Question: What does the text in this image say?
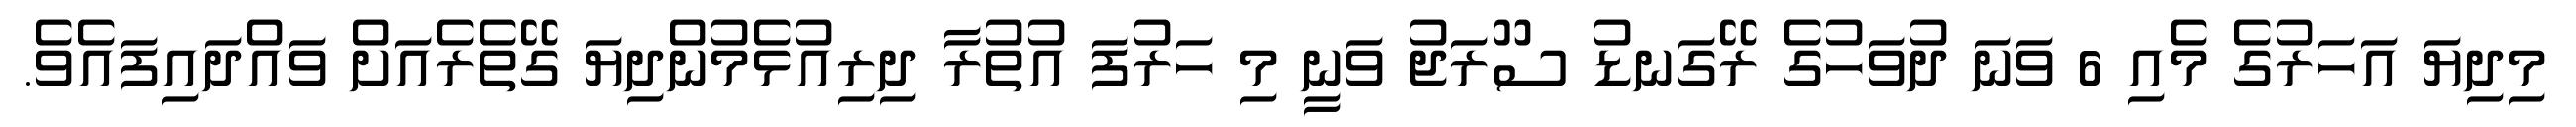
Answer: މިދިޔަ އަހަރުގެ މެއި 6 ވަނަ ދުވަހުގެ ރޭގަނޑު ސޫރަޖު ވަނީ މި ހަރުފަ އުތުރާ ދިރިއުޅެމުންދިޔަ ގޭތެރެއަށް ވައްދައިފައެވެ.